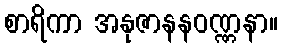
စာရိကာ အနုဇာနနဝဏ္ဏနာ။